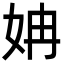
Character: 姌